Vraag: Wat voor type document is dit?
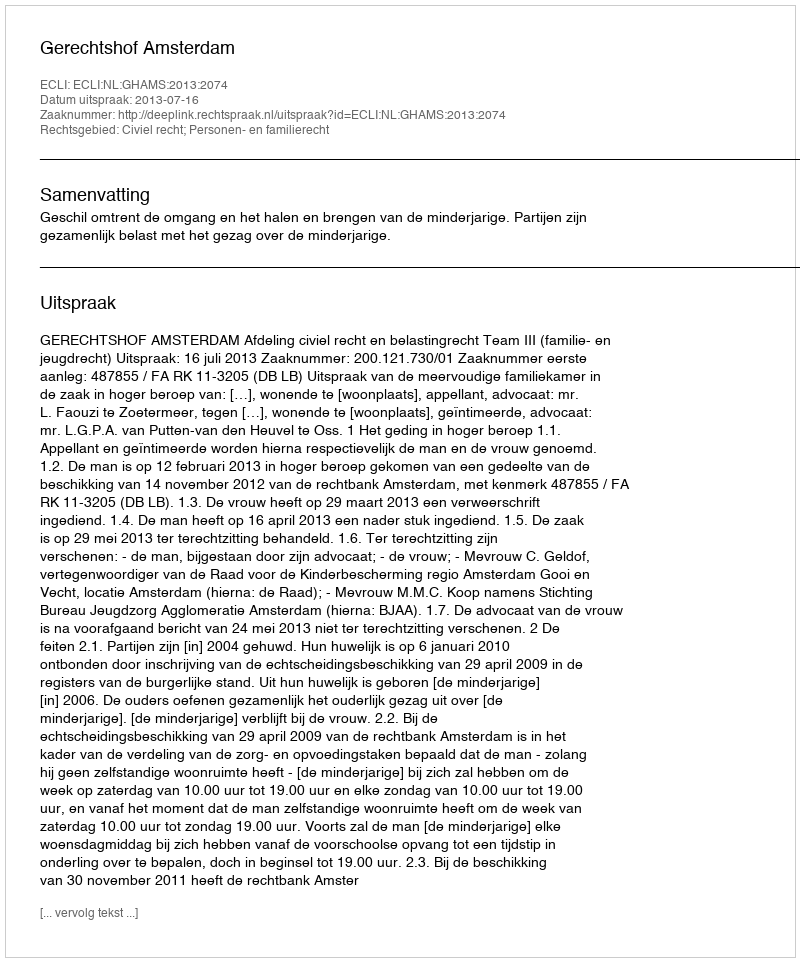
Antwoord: Uitspraak